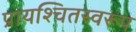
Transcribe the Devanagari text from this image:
प्रायश्चितस्वरूप